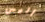
أليس